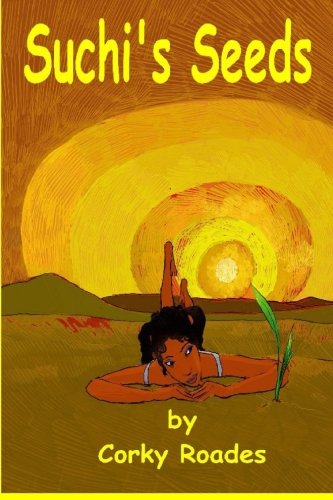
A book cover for Suchi's Seeds; Corky Roades; Teen & Young Adult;